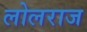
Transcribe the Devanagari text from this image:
लोलराज